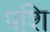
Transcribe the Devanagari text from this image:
पशि